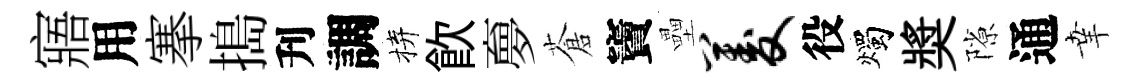
寤用搴搗刋調拚飮夣蒼竇壘菱役燭奬隙通𦍒